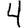
Digit: 4